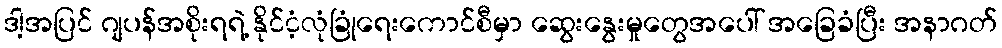
ဒါ့အပြင် ဂျပန်အစိုးရရဲ့ နိုင်ငံ့လုံခြုံရေးကောင်စီမှာ ဆွေးနွေးမှုတွေအပေါ် အခြေခံပြီး အနာဂတ်